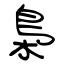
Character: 梟